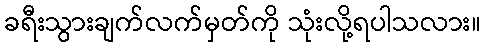
ခရီးသွားချက်လက်မှတ်ကို သုံးလို့ရပါသလား။